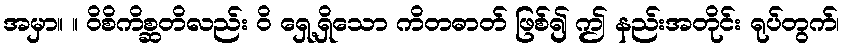
အမှာ။ ။ ဝိစိကိစ္ဆတိလည်း ဝိ ရှေ့ရှိသော ကိတဓာတ် ဖြစ်၍ ဤ နည်းအတိုင်း ရုပ်တွက်၊